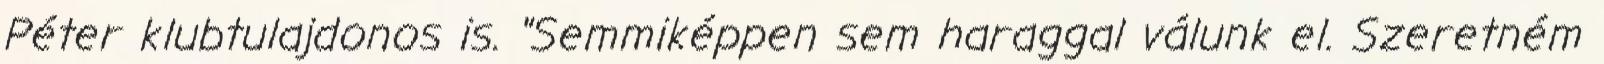
Péter klubtulajdonos is. "Semmiképpen sem haraggal válunk el. Szeretném